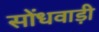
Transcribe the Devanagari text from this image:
सोंधवाड़ी